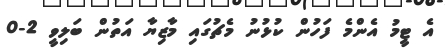
އެ ޓީމު އެންމެ ފަހުން ކުޅުނު މެޗުގައި މާޒިޔާ އަތުން ބަލިވީ 2-0